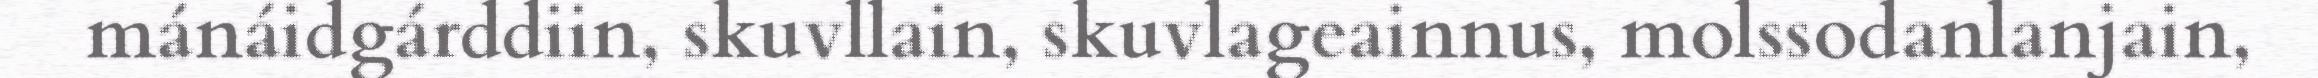
mánáidgárddiin, skuvllain, skuvlageainnus, molssodanlanjain,